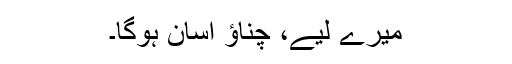
میرے لیے، چناؤ آسان ہوگا۔